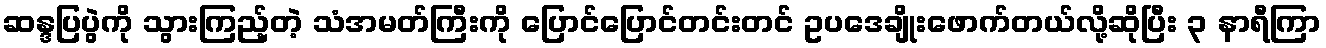
ဆန္ဒပြပွဲကို သွားကြည့်တဲ့ သံအမတ်ကြီးကို ပြောင်ပြောင်တင်းတင် ဥပဒေချိုးဖောက်တယ်လို့ဆိုပြီး ၃ နာရီကြာ